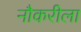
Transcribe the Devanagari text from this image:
नौकरीला